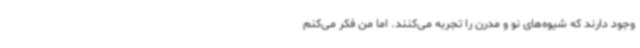
وجود دارند که شیوه‌های نو و مدرن را تجربه می‌کنند. اما من فکر می‌کنم